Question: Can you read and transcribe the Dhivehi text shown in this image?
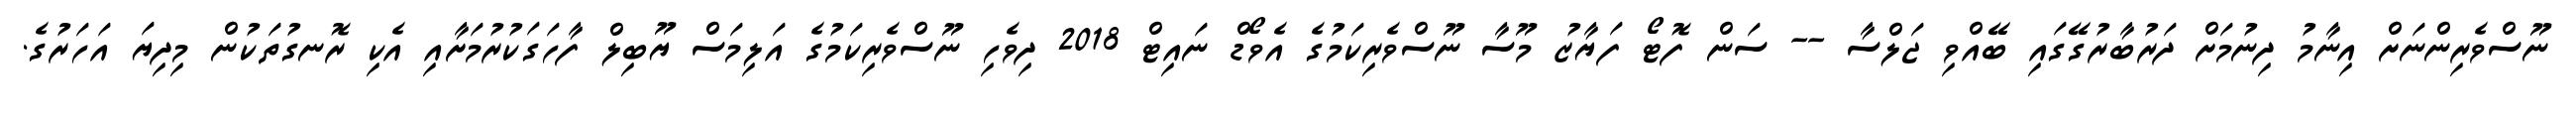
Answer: ނޫސްވެރިންނަށް އިނާމު ދިނުމަށް ދަރުބާރުގޭގައި ބޭއްވި ޖަލްސާ -- ސަން ފޮޓޯ ފަޔާޒު މޫސާ ނޫސްވެރިކަމުގެ އެވޯޑް ނައިޓް 2018 ދިވެހި ނޫސްވެރިކަމުގެ އަލިމަސް ޔޫބިލް ފާހަގަކުރުމަށާއި އެކި ރޮނގުތަކުން މިދިޔަ އަހަރުގެ.